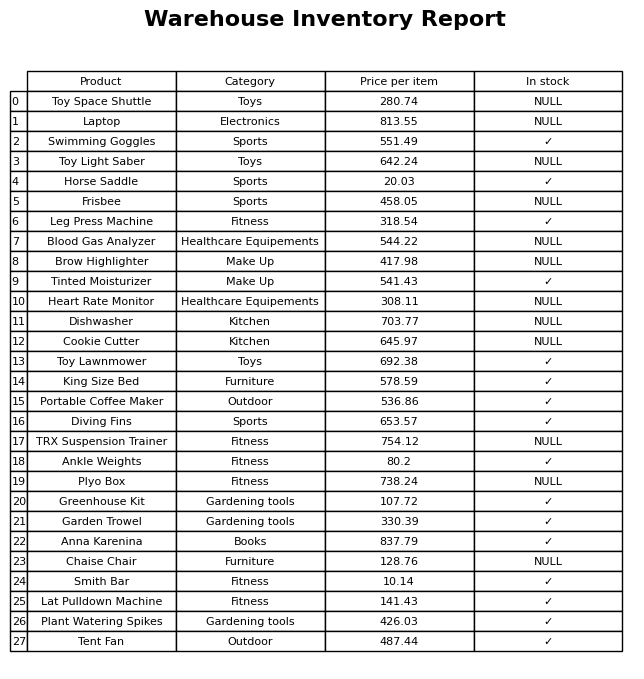
question: What is the price of the Chaise Chair?
answer: The price of Chaise Chair is 128.76.